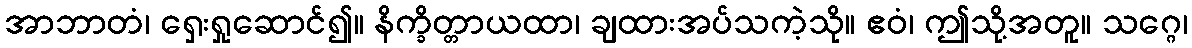
အာဘာတံ၊ ရှေးရှုဆောင်၍။ နိက္ခိတ္တာယထာ၊ ချထားအပ်သကဲ့သို။ ဧဝံ၊ ဤသို့အတူ။ သဂ္ဂေ၊